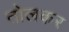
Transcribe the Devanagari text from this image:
तोलकर